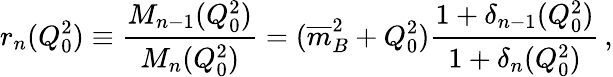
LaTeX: r_{n}(Q_{0}^{2})\equiv{\frac{M_{n-1}(Q_{0}^{2})}{M_{n}(Q_{0}^{2})}}=({\overline{{m}}}_{B}^{2}+Q_{0}^{2}){\frac{1+\delta_{n-1}(Q_{0}^{2})}{1+\delta_{n}(Q_{0}^{2})}}\, ,